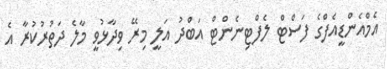
އެމްއެންޑީއެފްގެ ފަސްޓް ލެފްޓިނެންޓް އަބްދު އަލީ މިރޭ ވިދާޅުވީ މާލެ ދަތުރުކުރާ އެ